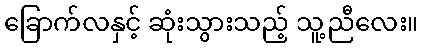
ခြောက်လနှင့် ဆုံးသွားသည့် သူ့ညီလေး။